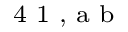
^ \textrm { \scriptsize 4 1 , a b }